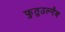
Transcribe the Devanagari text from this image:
फुतुउल्गैब